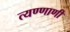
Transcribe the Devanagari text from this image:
त्यण्णाणी